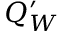
Q _ { W } ^ { \prime }